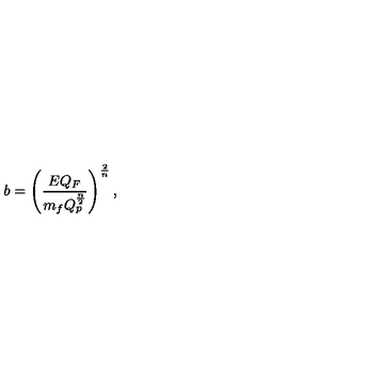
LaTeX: b = \left( { \frac { E Q _ { F } } { m _ { f } Q _ { p } ^ { \frac { n } { 2 } } } } \right) ^ { \frac { 2 } { n } } ,